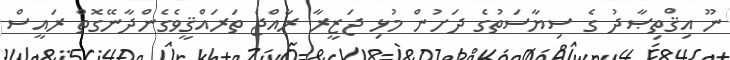
ނޫ އިޤްތިޞާދު ގެ ސިޔާސަތުގެ ދަށުން މުޅި ޖަޒީރާ ރާއްޖެ ތަރައްޤީވެގެންދާނޭގޮތް ރައީސް